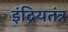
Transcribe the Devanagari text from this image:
इंद्रियतंत्र